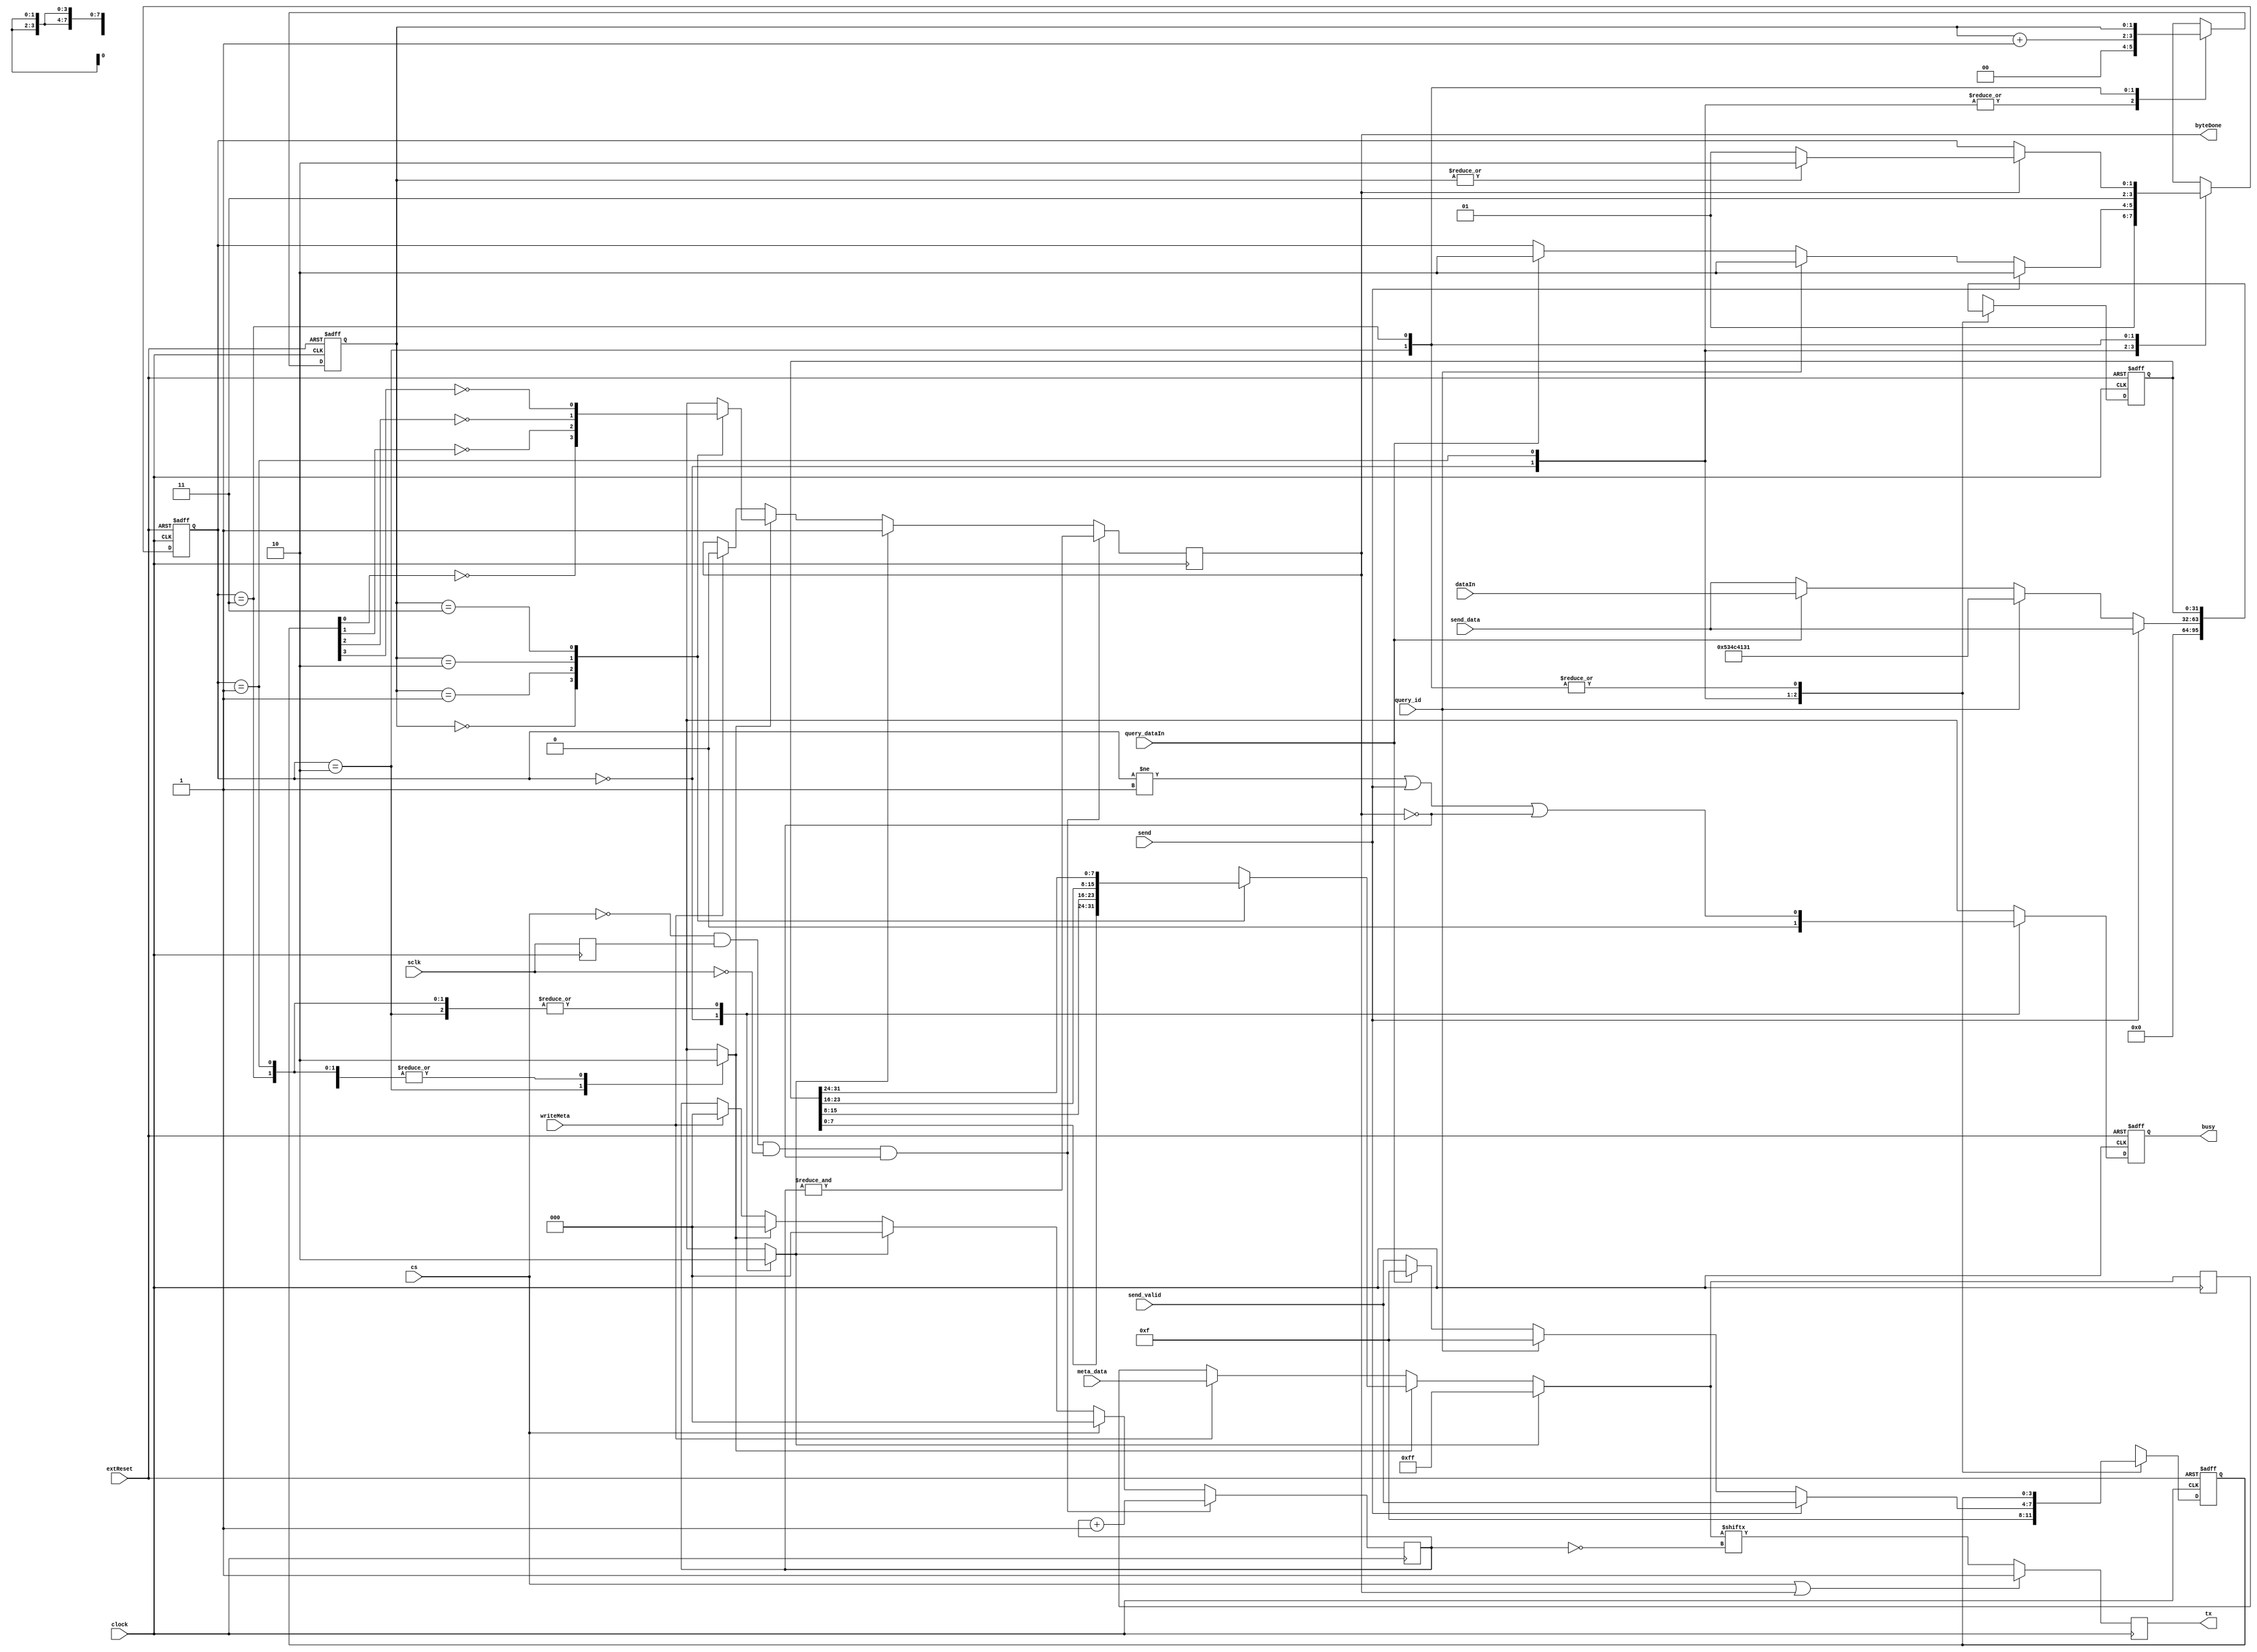
//--------------------------------------------------------------------------------
// transmitter.v
//
// Copyright (C) 2006 Michael Poppitz
// 
// This program is free software; you can redistribute it and/or modify
// it under the terms of the GNU General Public License as published by
// the Free Software Foundation; either version 2 of the License, or (at
// your option) any later version.
//
// This program is distributed in the hope that it will be useful, but
// WITHOUT ANY WARRANTY; without even the implied warranty of
// MERCHANTABILITY or FITNESS FOR A PARTICULAR PURPOSE. See the GNU
// General Public License for more details.
//
// You should have received a copy of the GNU General Public License along
// with this program; if not, write to the Free Software Foundation, Inc.,
// 51 Franklin St, Fifth Floor, Boston, MA 02110, USA
//
//--------------------------------------------------------------------------------
//
// Details: http://www.sump.org/projects/analyzer/
//
// Takes 32bit (one sample) and sends it out on the SPI interface
// End of transmission is signalled by taking back the busy flag.
//
//--------------------------------------------------------------------------------
//
// 12/29/2010 - Verilog Version + cleanups created by Ian Davis (IED) - mygizmos.org
// 01/22/2011 - IED - Tweaked to accept meta data write requests.
//

`timescale 1ns/100ps

module spi_transmitter(
  clock, sclk, extReset,
  send, send_data, send_valid,
  writeMeta, meta_data,
  cs, query_id, query_dataIn, dataIn,
  // outputs...
  tx, busy, byteDone);

input clock;
input sclk;
input extReset;

input send;
input [31:0] send_data;
input [3:0] send_valid;
input writeMeta;
input [7:0] meta_data;
input cs;
input query_id;
input query_dataIn;
input [31:0] dataIn;
output tx;
output busy;
output byteDone;

reg [31:0] sampled_send_data, next_sampled_send_data;
reg [3:0] sampled_send_valid, next_sampled_send_valid;
reg [2:0] bits, next_bits;
reg [1:0] bytesel, next_bytesel;
reg byteDone, next_byteDone;
reg dly_sclk, next_dly_sclk; 
reg busy, next_busy;

reg [7:0] txBuffer, next_txBuffer;
reg tx, next_tx;
//wire tx = txBuffer[7];

reg writeReset, writeByte; 


//
// Byte select mux...   Revised for better synth. - IED
//
reg [7:0] byte;
reg disabled;
always @*
begin
  #1;
  byte = 0;
  disabled = 0;
  case (bytesel)
    2'h0 : begin byte = sampled_send_data[7:0]; disabled = !sampled_send_valid[0]; end
    2'h1 : begin byte = sampled_send_data[15:8]; disabled = !sampled_send_valid[1]; end
    2'h2 : begin byte = sampled_send_data[23:16]; disabled = !sampled_send_valid[2]; end
    2'h3 : begin byte = sampled_send_data[31:24]; disabled = !sampled_send_valid[3]; end
  endcase
end



//
// Send one byte synchronized to falling edge of SPI clock...
//
always @(posedge clock)
begin
  dly_sclk = next_dly_sclk;
  bits = next_bits;
  byteDone = next_byteDone;
  txBuffer = next_txBuffer;
  tx = next_tx;
end

always @*
begin
  #1;
  next_dly_sclk = sclk;
  next_bits = bits;
  next_byteDone = byteDone;
  next_txBuffer = txBuffer;
  next_tx = tx;

  if (writeReset) // simulation clean up - IED
    begin
      next_bits = 0;
      next_byteDone = 1'b1;
      next_txBuffer = 8'hFF;
    end
  else if (writeByte) 
    begin
      next_bits = 0;
      next_byteDone = disabled;
      next_txBuffer = byte;
    end
  else if (writeMeta)
    begin
      next_bits = 0;
      next_byteDone = 0;
      next_txBuffer = meta_data;
    end
 
  // The PIC microcontroller asserts CS# in response to FPGA 
  // asserting dataReady (busy signal from this module actually).
  // Until CS# asserts though keep the bits counter reset...
  if (cs) next_bits = 0;

  // Output on falling edge of sclk when cs asserted...
  if (!cs && dly_sclk && !sclk && !byteDone)
    begin
//      next_txBuffer = {txBuffer,1'b1};
      next_bits = bits + 1'b1;
      next_byteDone = &bits;
    end

  next_tx = (cs || byteDone) ? 1'b1 : next_txBuffer[~bits];
end


//
// Control FSM for sending 32 bit words out SPI interface...
//
parameter [1:0] INIT = 0, IDLE = 1, SEND = 2, POLL = 3;
reg [1:0] state, next_state;

initial state = INIT;
always @(posedge clock or posedge extReset) 
begin
  if (extReset) 
    begin
      state = INIT;
      sampled_send_data = 32'h0;
      sampled_send_valid = 4'h0;
      bytesel = 3'h0;
      busy = 1'b0;
    end 
  else 
    begin
      state = next_state;
      sampled_send_data = next_sampled_send_data;
      sampled_send_valid = next_sampled_send_valid;
      bytesel = next_bytesel;
      busy = next_busy;
    end
end

always @*
begin
  #1;
  next_state = state;
  next_sampled_send_data = sampled_send_data;
  next_sampled_send_valid = sampled_send_valid;
  next_bytesel = bytesel;

  next_busy = (state != IDLE) || send || !byteDone;

  writeReset = 1'b0;
  writeByte = 1'b0;

  case (state) // when write is '1', data will be available with next cycle
    INIT :
      begin
	writeReset = 1'b1;
        next_sampled_send_data = 32'h0;
        next_sampled_send_valid = 4'hF;
        next_bytesel = 3'h0;
        next_busy = 1'b0;
	next_state = IDLE;
      end

    IDLE : 
      begin
        next_sampled_send_data = send_data;
        next_sampled_send_valid = send_valid;
	next_bytesel = 0;

        if (send) 
          next_state = SEND;
        else if (query_id) // output dword containing "SLA1" signature
	  begin
            next_sampled_send_data = 32'h534c4131; // "SLA1"
            next_sampled_send_valid = 4'hF;
            next_state = SEND;
          end
        else if (query_dataIn)
	  begin
            next_sampled_send_data = dataIn;
            next_sampled_send_valid = 4'hF;
            next_state = SEND;
	  end
      end

    SEND : // output dword send by controller...
      begin
        writeByte = 1'b1;
        next_bytesel = bytesel + 1'b1;
	next_state = POLL;
      end

    POLL : 
      begin
        if (byteDone)
	  next_state = (~|bytesel) ? IDLE : SEND;
      end

    default : next_state = INIT;
  endcase
end
endmodule